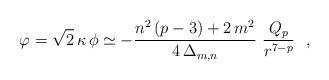
LaTeX: \begin{align*}\varphi = \sqrt{2}\,\kappa\,\phi\simeq -\frac{n^2\,(p-3)+2\,m^2}{4\,\Delta_{m,n}}~\frac{Q_p}{r^{7-p}}~~,\end{align*}